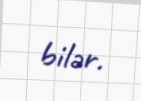
bilər.